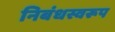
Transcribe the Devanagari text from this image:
निबंधस्वरूप